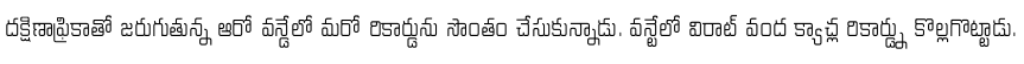
దక్షిణాఫ్రికాతో జరుగుతున్న ఆరో వన్డేలో మరో రికార్డును సొంతం చేసుకున్నాడు. వన్టేలో విరాట్ వంద క్యాచ్ల రికార్డ్ను కొల్లగొట్టాడు.